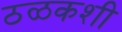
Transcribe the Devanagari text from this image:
ठळकशी